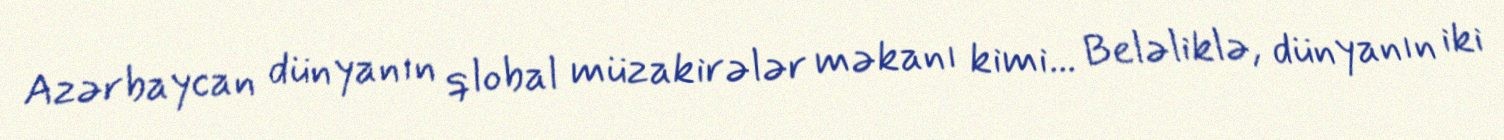
Azərbaycan dünyanın qlobal müzakirələr məkanı kimi... Beləliklə, dünyanın iki